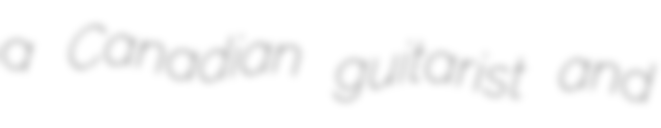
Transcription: a Canadian guitarist and